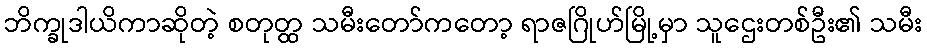
ဘိက္ခုဒါယိကာဆိုတဲ့ စတုတ္ထ သမီးတော်ကတော့ ရာဇဂြိုဟ်မြို့မှာ သူဌေးတစ်ဦး၏ သမီး